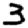
Digit: 3